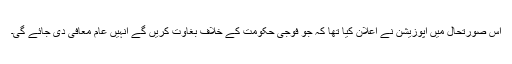
اس صورتحال میں اپوزیشن نے اعلان کیا تھا کہ جو فوجی حکومت کے خلاف بغاوت کریں گے انہیں عام معافی دی جائے گی۔